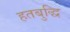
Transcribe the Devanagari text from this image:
हतबुद्धि